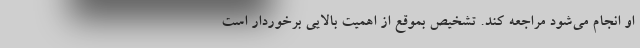
او انجام می‌شود مراجعه کند. تشخیص بموقع از اهمیت بالایی برخوردار است